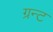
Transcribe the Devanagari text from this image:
ग्रन्ट